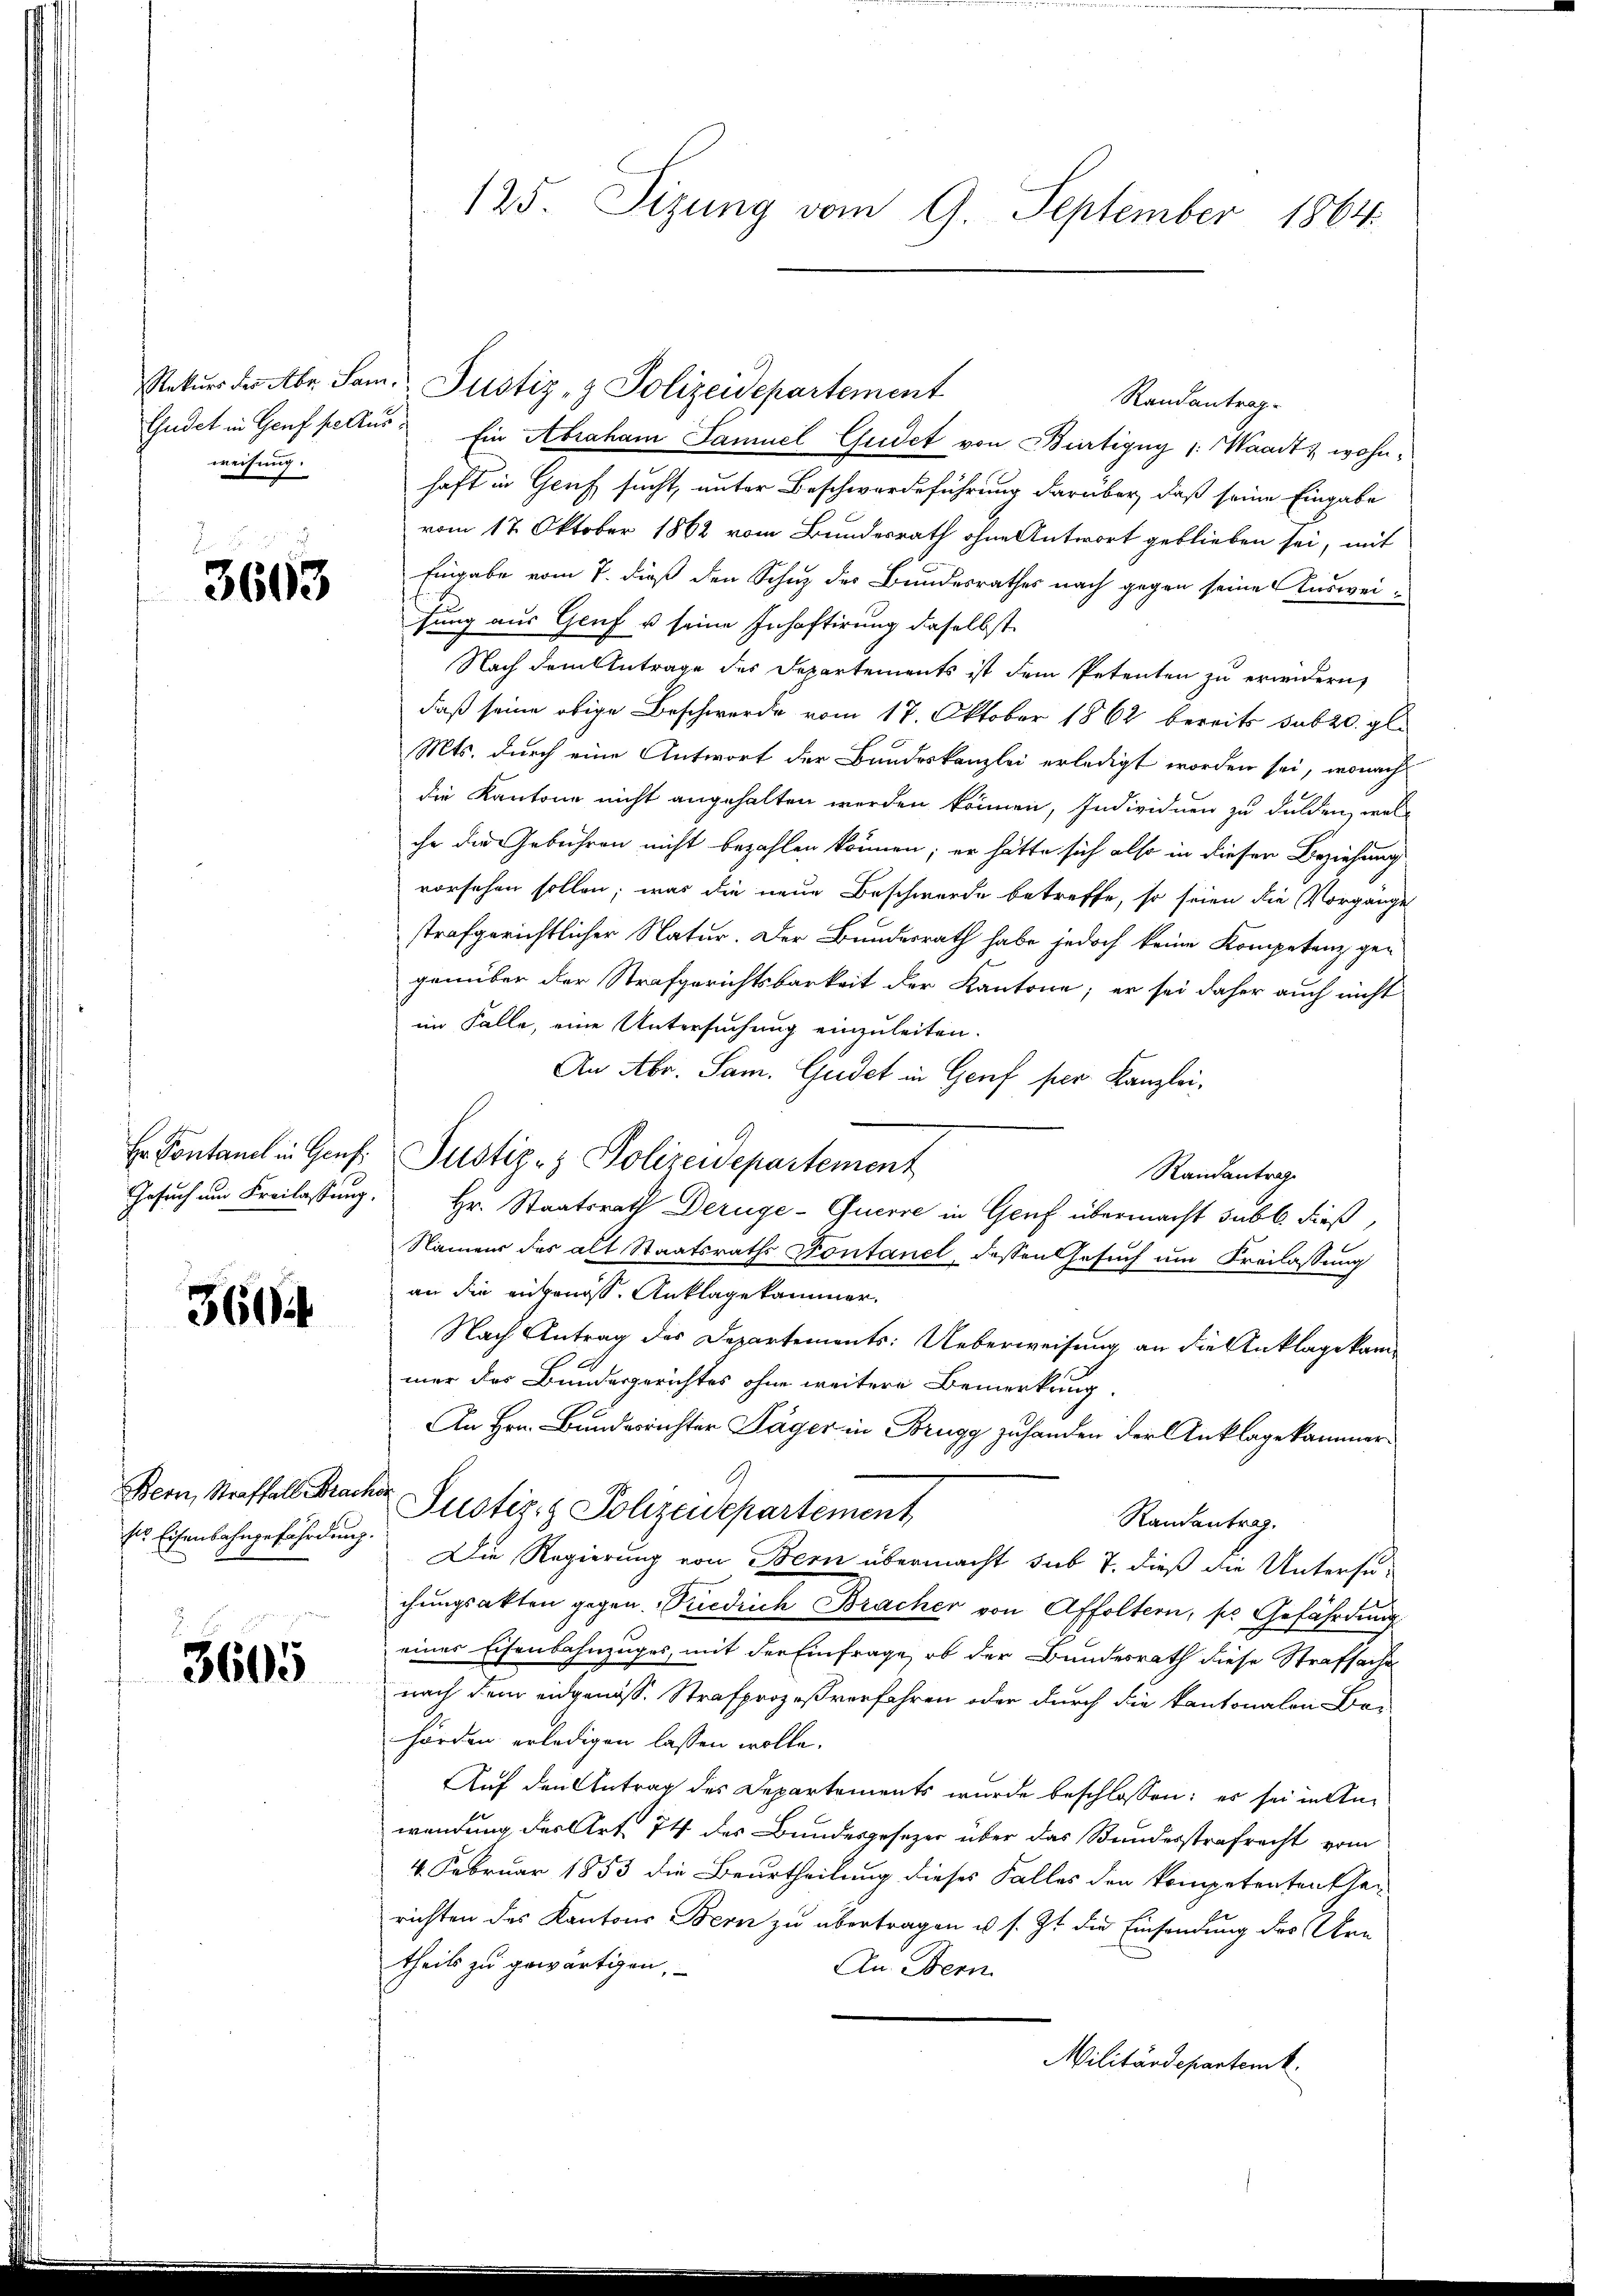
weisung.

3663

Hr. Pontanel in Genf

360

Bern, Straffall Brac
Es Eisenbahngefährdung

3605

Rekŭrs der Abr. Sam. Justiz- & Polizeidepartement
Randantrag.
Gudet in Genf petius Ein Abraham Samuel Gudet von Bürtigny (: Waadt wohnhaft in Genf sucht, unter Beschwerdeführung darüber, daß seine Eingabe
vom 17. Oktober 1862 vom Bundesrath ohne Antwort geblieben sei, mit
Eingabe vom 7. dieß den Schuz des Bundesrathes nach gegen seine Ausweifung aus Genf u seine Inhaftirung daselbst
Nach dem Antrage des Departements ist dem Petenten zu erwidern,
daß seine obige Beschwerde vom 17. Oktober 1862 bereits sub 20. gl.
Mts. durch eine Antwort der Bundeskanzlei erledigt worden sei, wonach
die Kantone nicht angehalten werden können, Individuen zu dulden, welche die Gebühren nicht bezahlen können; er hätte sich also in dieser Beziehung
vorsehen sollen; was die neue Beschwerde betreffe, so seien die Vorgänge
strafgerichtlicher Natur. Der Bundesrath habe jedoch keine Kompetenz gegenüber der Strafgerichtsbarkeit der Kantone; er sei daher auch nicht
im Falle, eine Untersuchung einzuleiten.
An Abr. Sam. Gudet in Genf per Kanzlei,
Pustiz- & Polizeidepartement
Randantrag
Gesuch am Freilassung. Hr. Staatsrath Derüge-Guerre in Genf übermacht subt dieß,
Namens des alt Staatsraths Pontanel, dessen Gesuch um Freilassung
an die angenoss. Anklage kammer.
Nach Antrag des Departements: Ueberweisung an die Anklage kam
mer der Bundesgerichtes ohne weitere Bemerkung.
An Hrn. Bundesrichter Säger in Brugg zu handen der Anklage kammer¬
Heer
Justiz- & Polizeidepartement
Randantrag.
 Die Regierung von Bern übermacht sub 7. dieß die Untersuchungsakten gegen Friedrich Bracher von Affoltern, so Gefährdung
eines Eisenbahnzuges, mit der Einfrage, ob der Bundesrath diese Strafsache
nach dem eidgenöss. Strafprozeßverfahren oder durch die kantonalen Behörden erledigen lassen wolle.
Auf den Antrag des Departements wurde beschlossen: es sei in Anwendung der Art. 74 des Bundesgesezer über das Bundesstrafrecht vom
4. Februar 1853 die Beurtheilung dieses Falles den kompetententhei
richten des Kantons Bern zu übertragen u. s. Zt. die Einsendung des Arn
theils zu gewärtigen,
An Bern
Militärdepartenk

125. Sizung vom 9. September 1864.